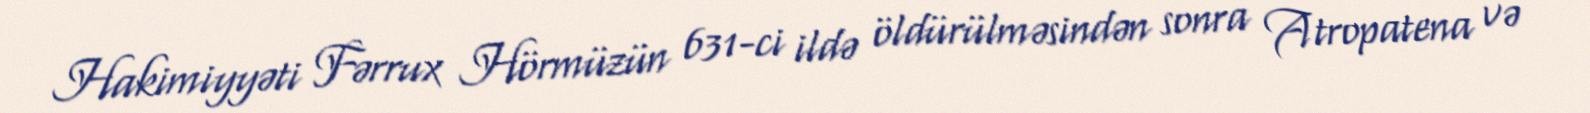
Hakimiyyəti Fərrux Hörmüzün 631-ci ildə öldürülməsindən sonra Atropatena və